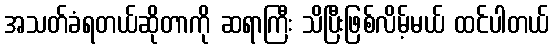
အသတ်ခံရတယ်ဆိုတာကို ဆရာကြီး သိပြီးဖြစ်လိမ့်မယ် ထင်ပါတယ်